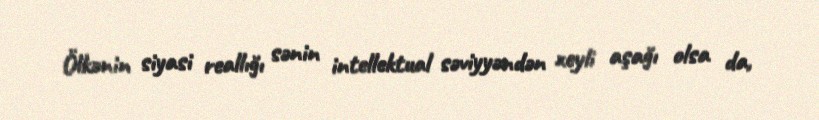
Ölkənin siyasi reallığı sənin intellektual səviyyəndən xeyli aşağı olsa da,